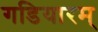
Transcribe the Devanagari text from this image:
गडियारम्